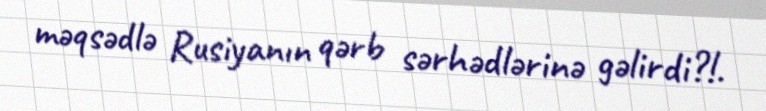
məqsədlə Rusiyanın qərb sərhədlərinə gəlirdi?!.